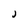
Character: J